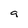
Character: 9